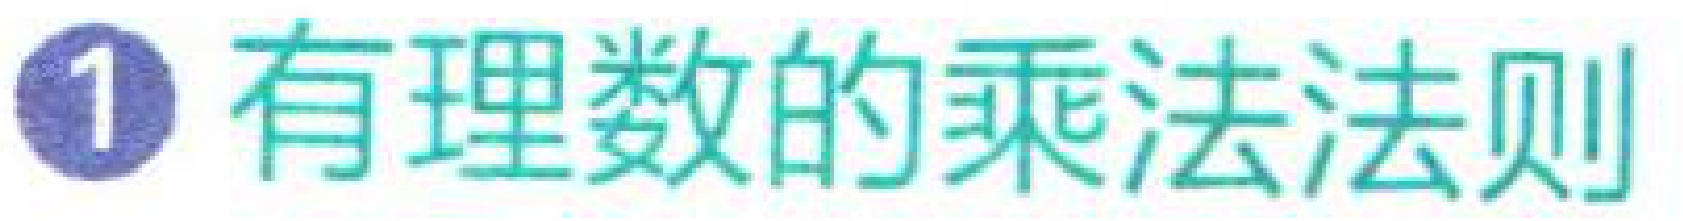
1 有理数的乘法法则